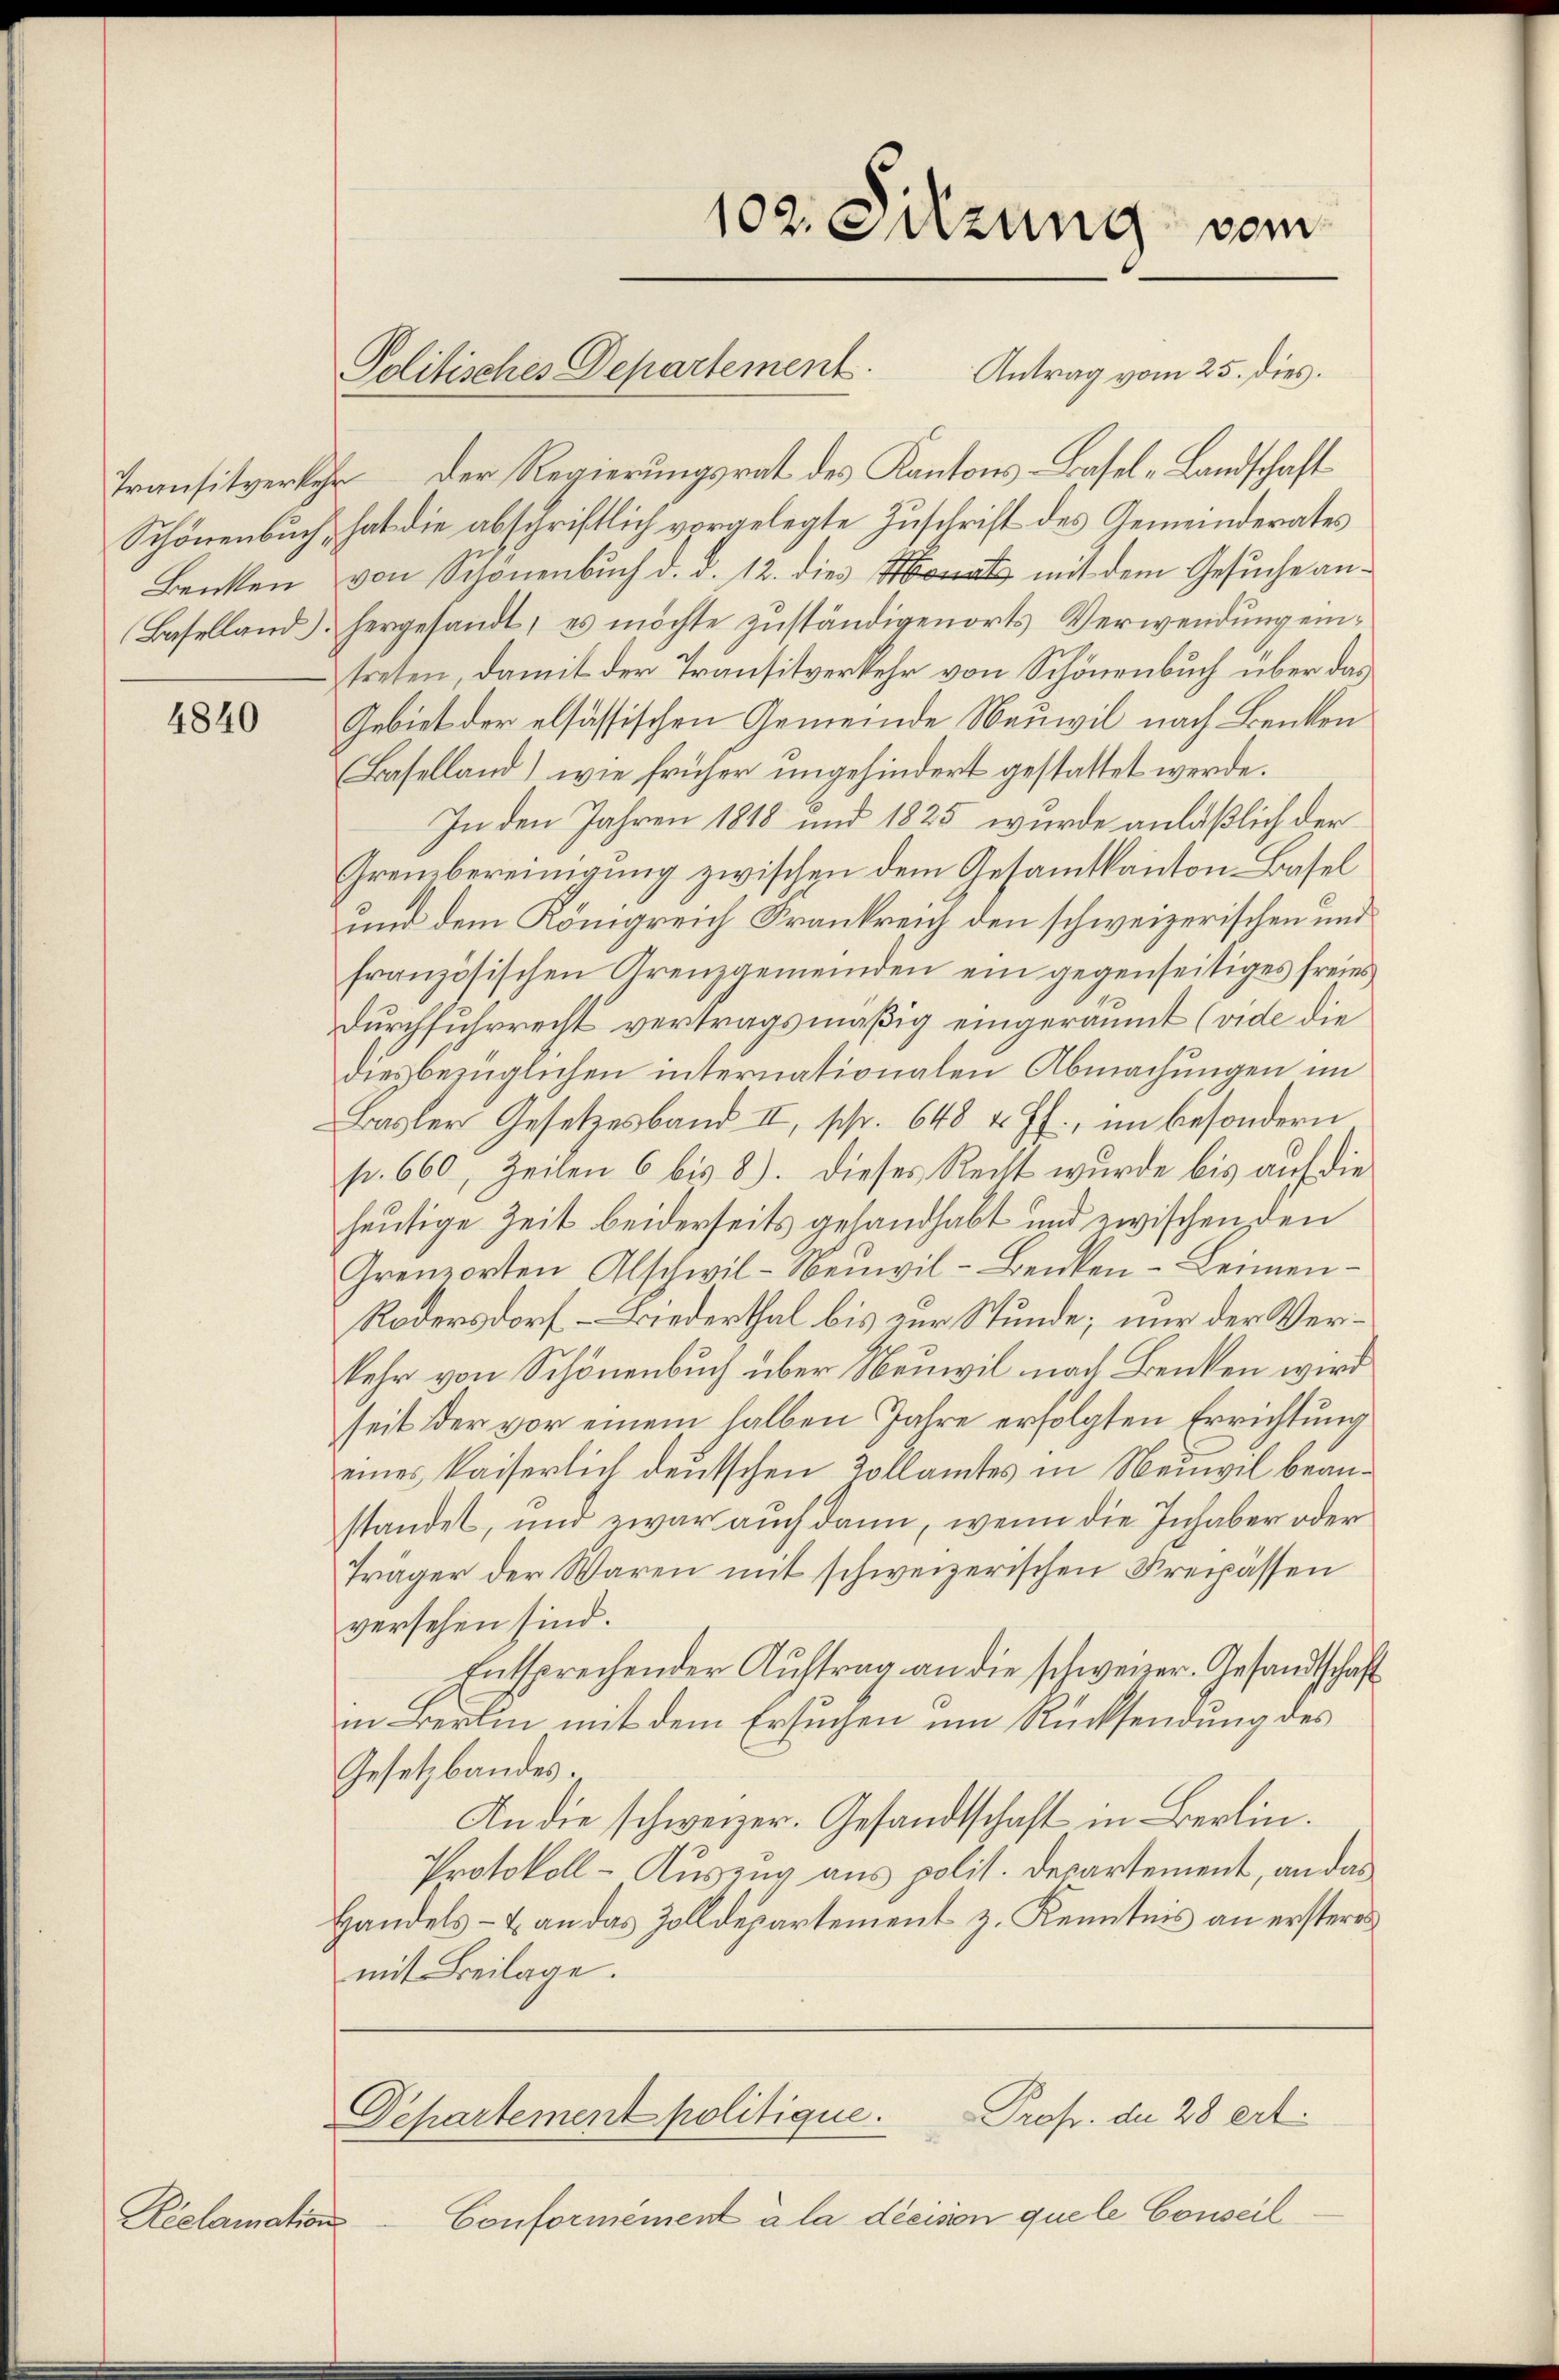
4840

Riclamation

Transitverkehr. Der Regierungsrat des Kantons-Basel-Landschaft
Schönenbuch, hat die abschriftlich vorgelegte Zuschrift des Gemeinderates
Benken von Schönenbuch d. d. 12. dies mit dem Gesuche an¬
Baselland) hergesandt, es möchte zuständigenorts Verwendung eintreten, damit der Transitverkehr von Schönenbuch über das
Gebiet der elsässischen Gemeinde Neuwil nach Benken
(Baselland) wie früher ungehindert gestattet werde.
In den Jahren 1818 und 1825 wurde anläßlich der
Grembereinigung zwischen dem Gesamtkanton-Basel
und dem Königreich Frankreich den schweizerischen und
französischen Grenzgemeinden ein gegenseitiges freies
durchfuhrrecht vertragsmäßig eingeräumt (vide die
dies bezüglichen internationalen Abmachungen im
Basler Gesetzesband II, schr. 648 u. ff., im besondern
p. 660, Zeilen 6 bis 8). Dieses Recht wurde bis auf die
heutige Zeit beiderseits gehandhabt und zwischen den
Grenzorten Abschwil-Neŭwil-Benken-Leimen-
Rodersdorf – Biederthal bis zur Stunde; nur der Verkehr von Schönenbuch über Neuwil nach Benken wird
seit der vor einem halben Jahre erfolgten Errichtung
eines kaiserlich deutschen Zollamtes in Neuwil beanstandet, und zwar auch dann, wenn die Inhaber oder
Träger der Waren mit schweizerischen Kreipässen
versehen sind.
Entsprechender Auftrag an die schwerer Gesandtschaft
in Berlin mit dem Ersuchen um Rücksendung des
Gesetzbandes.
An die schweizer. Gesandtschaft in Berlin.
Protokoll-Auszug aus polit. Departement, an das
Handels- & an das Zolldepartement z. Kenntnis an ersteres
mit Beilage.

102. Sitzung vom

Politisches Departement.
Antrag vom 25. dies.

Departement politique.
Prof. du 28 ert

Conformément à la décision quele Conseil